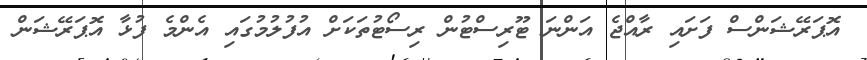
އޮޕަރޭޝަންސް ފަށައި ރާއްޖެ އަންނަ ޓޫރިސްޓުން ރިސޯޓުތަކަށް އުފުލުމުގައި އެންމެ ފުޅާ އޮޕަރޭޝަން